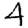
Digit: 4